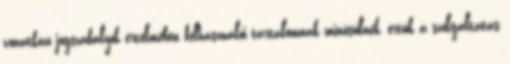
vonatkozó jogszabályok értelmében felhasználói tartalomnak minősülnek, értük a szolgáltatás